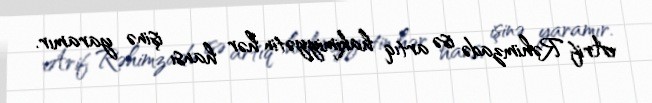
Arif Rəhimzadə isə artıq hakimiyyətin hər hansı işinə yaramır.